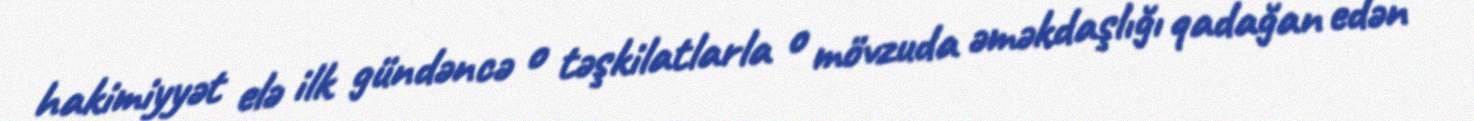
hakimiyyət elə ilk gündəncə o təşkilatlarla o mövzuda əməkdaşlığı qadağan edən